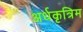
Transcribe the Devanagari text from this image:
अर्धकृत्रिम